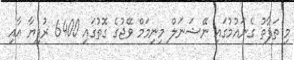
މި ތަފާތު ގެނައުމުގައި ނޭޝަނަލް މިނިމަމް ވޭޖުގެ ގޮތުގައި 6400 ރުފިޔާ އާއި